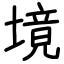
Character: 境